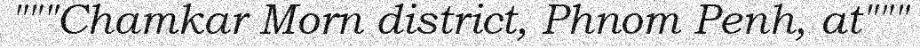
"""Chamkar Morn district, Phnom Penh, at"""